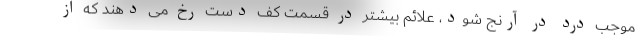
موجب درد در آرنج شود، علائم بیشتر در قسمت کف دست رخ می دهند که از